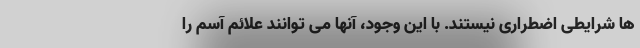
ها شرایطی اضطراری نیستند. با این وجود، آنها می توانند علائم آسم را